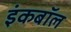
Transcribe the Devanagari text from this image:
इंकबॉल